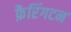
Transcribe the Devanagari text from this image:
फ़ैरिंगटन